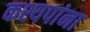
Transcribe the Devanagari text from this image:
कश्यपांना